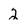
Character: 2